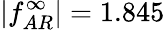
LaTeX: |f_{AR}^{\infty}|=1.845